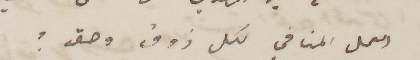
العمل المنافي لكل ذوق وحق؟